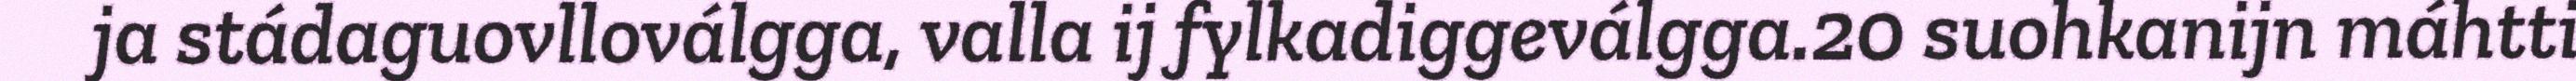
ja stádaguovlloválgga, valla ij fylkadiggeválgga.20 suohkanijn máhtti